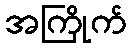
အကြိုက်